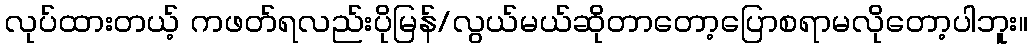
လုပ်ထားတယ့် ကဖတ်ရလည်းပိုမြန်/လွယ်မယ်ဆိုတာတော့ပြောစရာမလိုတော့ပါဘူး။